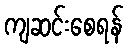
ကျဆင်းစေရန်